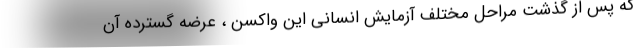
که پس از گذشت مراحل مختلف آزمایش انسانی این واکسن ، عرضه گسترده آن